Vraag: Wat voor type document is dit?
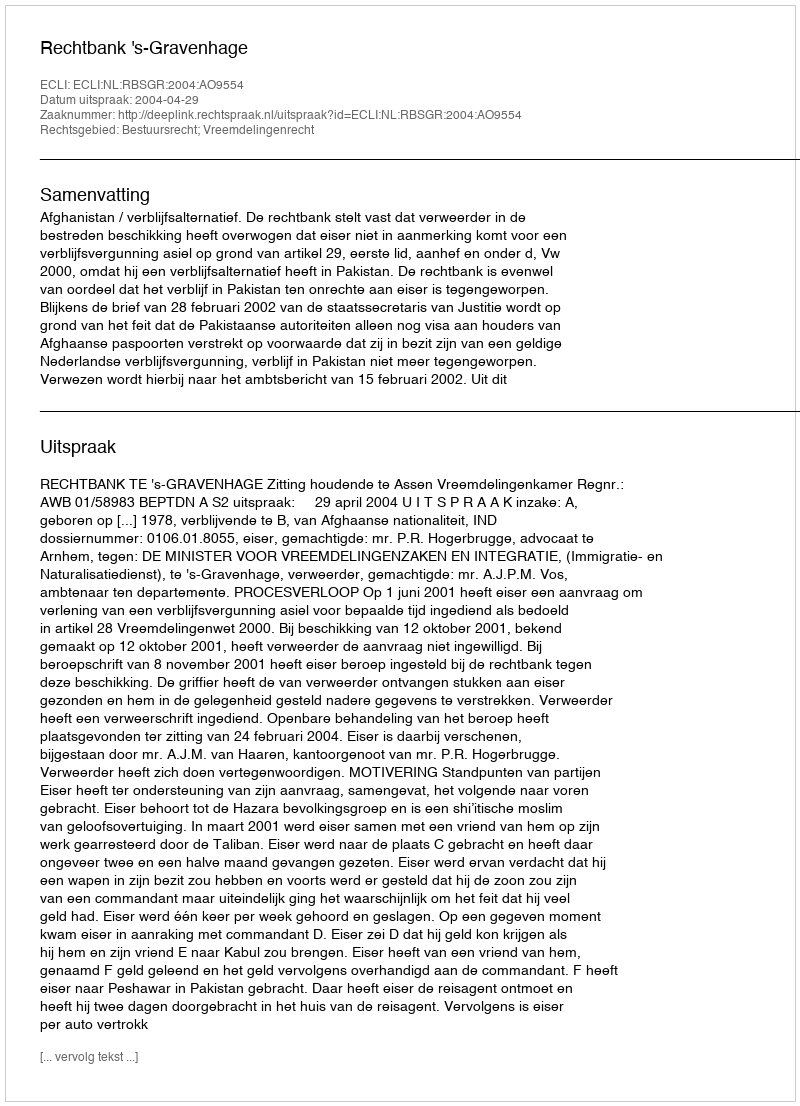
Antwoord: Uitspraak